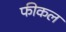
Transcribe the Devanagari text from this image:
फीकल